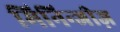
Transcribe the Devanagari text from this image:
मिनिन्जीज़